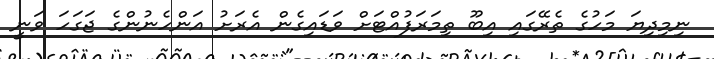
ނިމިދިޔަ މަހުގެ ތެރޭގައި އިބޫ ތިމަރަފުއްޓަށް ވަޑައިގެން އެރަށު އަންހެނުންގެ ޖަގަހަ ވަނީ